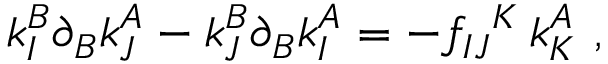
k _ { I } ^ { B } \partial _ { B } k _ { J } ^ { A } - k _ { J } ^ { B } \partial _ { B } k _ { I } ^ { A } = - f _ { I J } { } ^ { K } \, k _ { K } ^ { A } \ ,